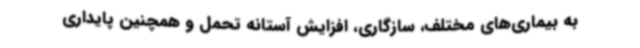
به بیماری‌های مختلف، سازگاری، افزایش آستانه تحمل و همچنین پایداری